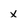
Character: x